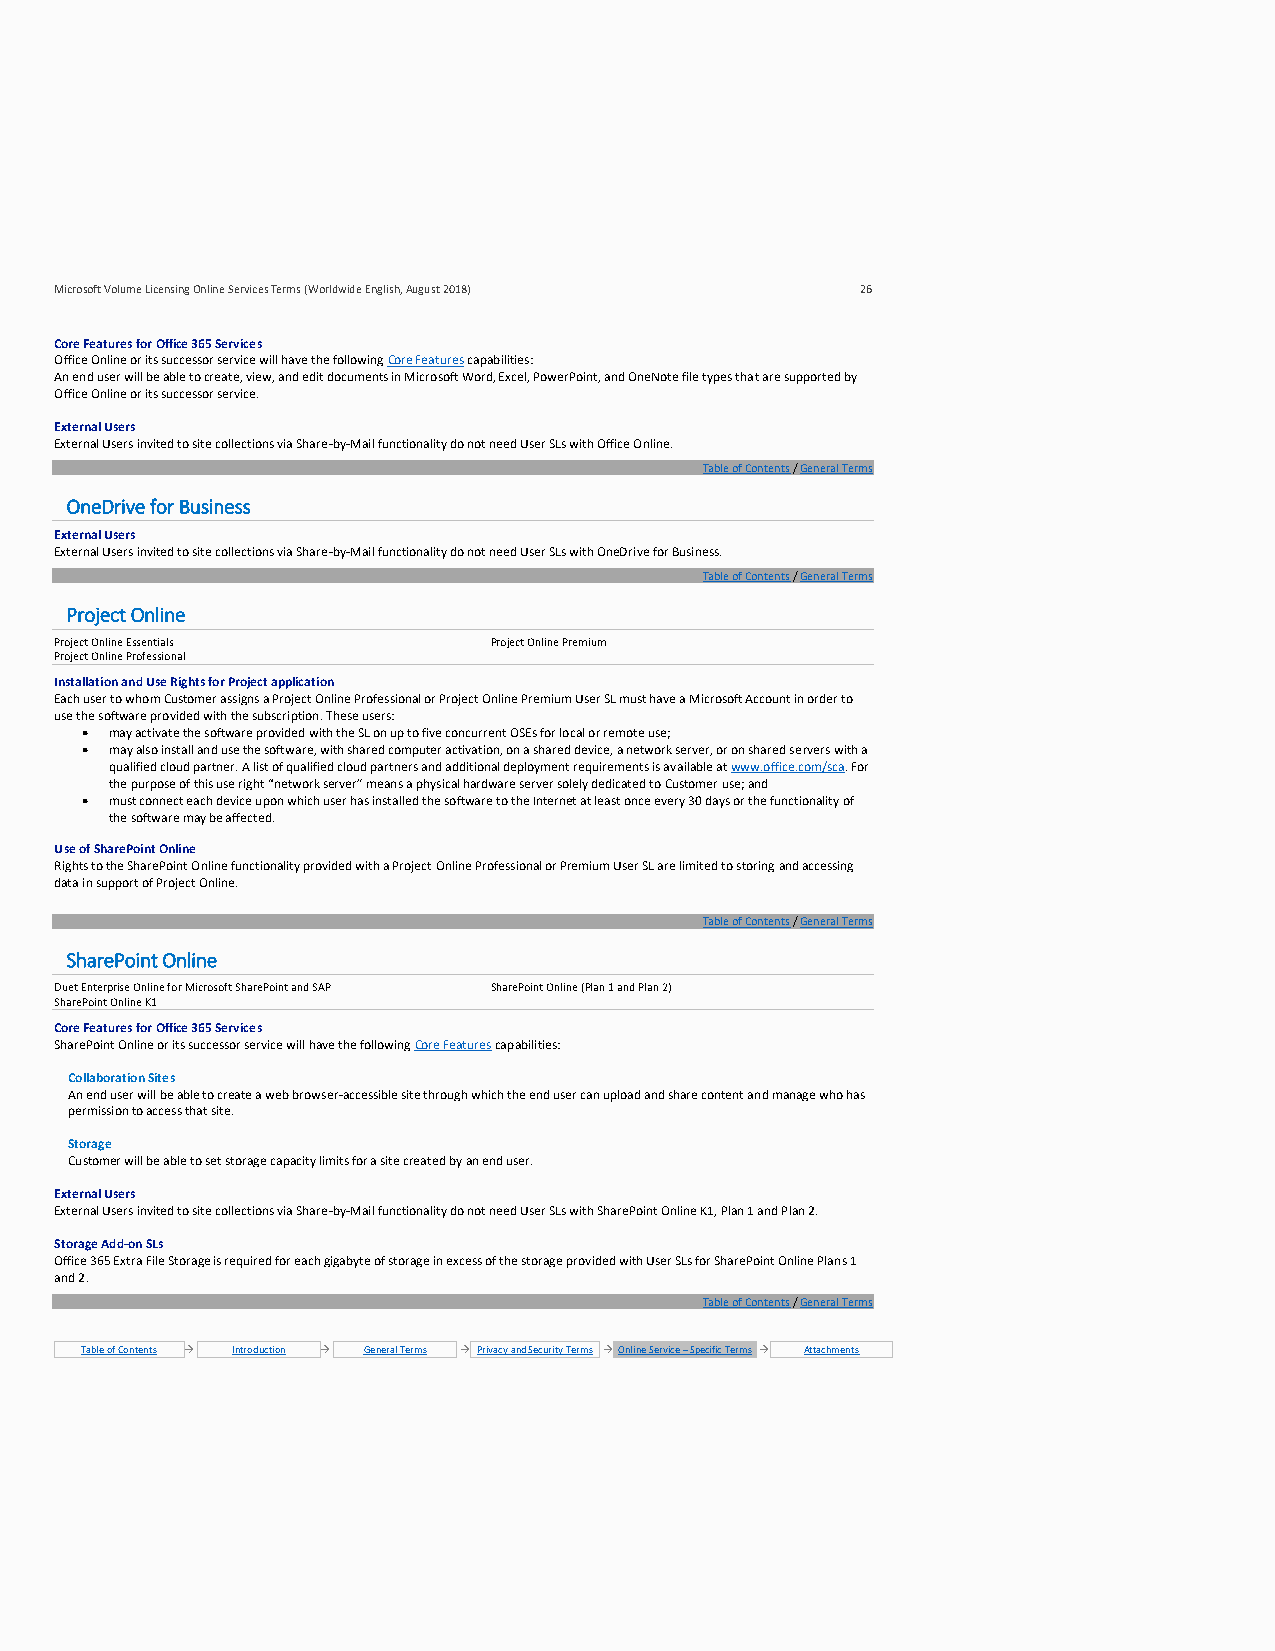
Microsoft Volume Licensing Online Services Terms (Worldwide English, August 2018) 26
 Core Features for Office 365 Services
 Office Online or its successor service will have the following Core Features capabilities:
 An end user will be able to create, view, and edit documents in Microsoft Word, Excel, PowerPoint, and OneNote file types that are supported by
 Office Online or its successor service.
 External Users
 External Users invited to site collections via Share-by-Mail functionality do not need User SLs with Office Online.
 Table of Contents / General Terms
 OneDrive for Business
 External Users
 External Users invited to site collections via Share-by-Mail functionality do not need User SLs with OneDrive for Business.
 Table of Contents / General Terms
 Project Online
 Project Online Essentials   Project Online Premium
 Project Online Professional
 Installation and Use Rights for Project application
 Each user to whom Customer assigns a Project Online Professional or Project Online Premium User SL must have a Microsoft Account in order to
 use the software provided with the subscription. These users:
 • may activate the software provided with the SL on up to five concurrent OSEs for local or remote use;
 • may also install and use the software, with shared computer activation, on a shared device, a network server, or on shared servers with a
 qualified cloud partner. A list of qualified cloud partners and additional deployment requirements is available at www.office.com/sca. For
 the purpose of this use right “network server” means a physical hardware server solely dedicated to Customer use; and
 • must connect each device upon which user has installed the software to the Internet at least once every 30 days or the functionality of
 the software may be affected.
 Use of SharePoint Online
 Rights to the SharePoint Online functionality provided with a Project Online Professional or Premium User SL are limited to storing and accessing
 data in support of Project Online.
 Table of Contents / General Terms
 SharePoint Online
 Duet Enterprise Online for Microsoft SharePoint and SAP SharePoint Online (Plan 1 and Plan 2)
 SharePoint Online K1
 Core Features for Office 365 Services
 SharePoint Online or its successor service will have the following Core Features capabilities:
 Collaboration Sites
 An end user will be able to create a web browser-accessible site through which the end user can upload and share content and manage who has
 permission to access that site.
 Storage
 Customer will be able to set storage capacity limits for a site created by an end user.
 External Users
 External Users invited to site collections via Share-by-Mail functionality do not need User SLs with SharePoint Online K1, Plan 1 and Plan 2.
 Storage Add-on SLs
 Office 365 Extra File Storage is required for each gigabyte of storage in excess of the storage provided with User SLs for SharePoint Online Plans 1
 and 2.
 Table of Contents / General Terms
 Table of Contents → Introduction → General Terms → Privacy and Security Terms → Online Service – Specific Terms → Attachments